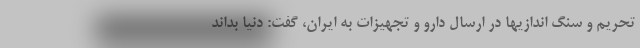
تحریم و سنگ اندازیها در ارسال دارو و تجهیزات به ایران، گفت: دنیا بداند